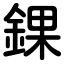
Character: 錁